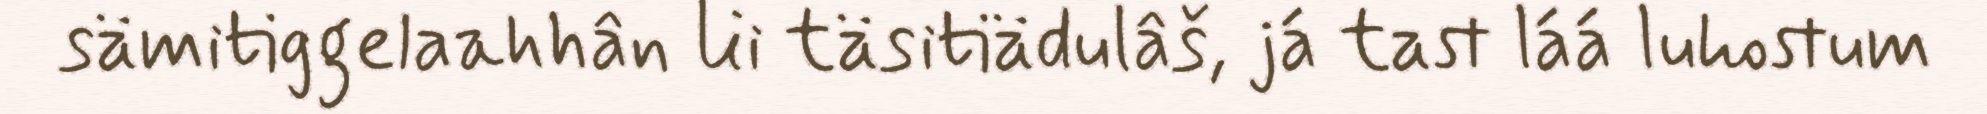
sämitiggelaahhân lii täsitiädulâš, já tast láá luhostum